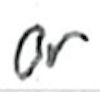
Text: or
Cross-out: clean
Writing tool: ballpoint